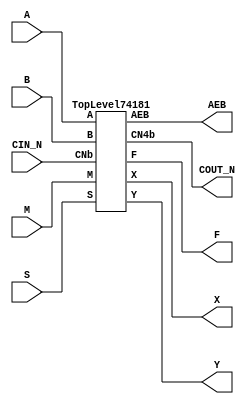
/****************************************************************************
 *                                                                          *
 *  VERILOG HIGH-LEVEL DESCRIPTION OF THE TI 74181 CIRCUIT                  *
 *                                                                          *
 *  Function: 4-bit ALU/Function Generator                                  *
 *                                                                          *
 *  Written by: Mark C. Hansen                                              *
 *                                                                          *
 *                                                                          *
 ****************************************************************************/

// note - AEB is open collector

module ic_74S181 (S, A, B, M, CIN_N, F, X, Y, COUT_N, AEB);

  input [3:0] A, B, S;
  input CIN_N, M; 
  output [3:0] F;
  output AEB, X, Y, COUT_N;
	
  TopLevel74181 Ckt74181 (S, A, B, M, CIN_N, F, X, Y, COUT_N, AEB);

endmodule /* Circuit74181 */

/*************************************************************************/

module TopLevel74181 (S, A, B, M, CNb, F, X, Y, CN4b, AEB);

  input [3:0] A, B, S;
  input CNb, M; 
  output [3:0] F;
  output AEB, X, Y, CN4b;
  wire [3:0] E, D, C, Bb;
  
  Emodule Emod1 (A, B, S, E, Bb);
  Dmodule Dmod2 (A, B, Bb, S, D);
  CLAmodule CLAmod3(E, D, CNb, C, X, Y, CN4b);
  Summodule Summod4(E, D, C, M, F, AEB);

endmodule /* TopLevel74181 */

/*************************************************************************/

module Emodule (A, B, S, E, Bb);

  input [3:0] A, B, S;
  output [3:0] E, Bb;
  wire [3:0]  ABS3, ABbS2;

  not Bb0gate(Bb[0], B[0]);
  not Bb1gate(Bb[1], B[1]);
  not Bb2gate(Bb[2], B[2]);
  not Bb3gate(Bb[3], B[3]);

  and ABS30gate(ABS3[0], A[0], B[0], S[3]);
  and ABS31gate(ABS3[1], A[1], B[1], S[3]);
  and ABS32gate(ABS3[2], A[2], B[2], S[3]);
  and ABS33gate(ABS3[3], A[3], B[3], S[3]);

  and ABbS20gate(ABbS2[0], A[0], Bb[0], S[2]);
  and ABbS21gate(ABbS2[1], A[1], Bb[1], S[2]);
  and ABbS22gate(ABbS2[2], A[2], Bb[2], S[2]);
  and ABbS23gate(ABbS2[3], A[3], Bb[3], S[2]);

  nor E0gate(E[0], ABS3[0], ABbS2[0]);
  nor E1gate(E[1], ABS3[1], ABbS2[1]);
  nor E2gate(E[2], ABS3[2], ABbS2[2]);
  nor E3gate(E[3], ABS3[3], ABbS2[3]);

endmodule /* Emodule */

/*************************************************************************/

module Dmodule (A, B, Bb, S, D);

  input [3:0] A, B, Bb, S;
  output [3:0] D;
  wire [3:0]  BbS1, BS0;  

  and BbS10gate(BbS1[0], Bb[0], S[1]);
  and BbS11gate(BbS1[1], Bb[1], S[1]);
  and BbS12gate(BbS1[2], Bb[2], S[1]);
  and BbS13gate(BbS1[3], Bb[3], S[1]);

  and BS00gate(BS0[0], B[0], S[0]);
  and BS01gate(BS0[1], B[1], S[0]);
  and BS02gate(BS0[2], B[2], S[0]);
  and BS03gate(BS0[3], B[3], S[0]);

  nor D0gate(D[0], BbS1[0], BS0[0], A[0]);
  nor D1gate(D[1], BbS1[1], BS0[1], A[1]);
  nor D2gate(D[2], BbS1[2], BS0[2], A[2]);
  nor D3gate(D[3], BbS1[3], BS0[3], A[3]);

endmodule /* Dmodule */

/*************************************************************************/

module CLAmodule(Gb, Pb, CNb, C, X, Y, CN4b);

  input [3:0] Gb, Pb;
  input CNb; 
  output [3:0] C;
  output X, Y, CN4b;

   wire  Pb0, Pb1, Pb2, Pb3;
   wire  Pb0Gb1, Pb1Gb2, Pb2Gb3;
   wire  Pb0Gb12, Pb1Gb23, Pb0Gb123;
   wire  CNbGb0, CNbGb01, CNbGb012;
   wire  XCNb;
   
  not C0gate(C[0], CNb);

  buf Pb0gate(Pb0, Pb[0]);
  and CNbGb0gate(CNbGb0, CNb, Gb[0]);

  buf Pb1gate(Pb1, Pb[1]);
  and Pb0Gb1gate(Pb0Gb1, Pb[0], Gb[1]);
  and CNbGb01gate(CNbGb01, CNb, Gb[0], Gb[1]);

  buf Pb2gate(Pb2, Pb[2]);
  and Pb1Gb2gate(Pb1Gb2, Pb[1], Gb[2]);
  and Pb0Gb12gate(Pb0Gb12, Pb[0], Gb[1], Gb[2]);
  and CNbGb012gate(CNbGb012, CNb, Gb[0], Gb[1], Gb[2]);

  buf Pb3gate(Pb3, Pb[3]);
  and Pb2Gb3gate(Pb2Gb3, Pb[2], Gb[3]);
  and Pb1Gb23gate(Pb1Gb23, Pb[1], Gb[2], Gb[3]);
  and Pb0Gb123gate(Pb0Gb123, Pb[0], Gb[1], Gb[2], Gb[3]);

  nand Xgate(X, Gb[0], Gb[1], Gb[2], Gb[3]);

  nor Ygate(Y, Pb3,Pb2Gb3,Pb1Gb23,Pb0Gb123);
  nand XCNbgate(XCNb, Gb[0], Gb[1], Gb[2], Gb[3], CNb);

  nand CN4bgate(CN4b, Y, XCNb);

  nor C3gate(C[3], Pb2, Pb1Gb2, Pb0Gb12, CNbGb012);

  nor C2gate(C[2], Pb1, Pb0Gb1, CNbGb01);

  nor C1gate(C[1], Pb0, CNbGb0);

endmodule /* CLAmodule */

/*************************************************************************/

module Summodule(E, D, C, M, F, AEB);

  input [3:0] E, D, C;
  input M; 
  output [3:0] F;
  output AEB;
  wire [3:0] EXD, CM;

  xor EXD0gate(EXD[0], E[0], D[0]);
  xor EXD1gate(EXD[1], E[1], D[1]);
  xor EXD2gate(EXD[2], E[2], D[2]);
  xor EXD3gate(EXD[3], E[3], D[3]);

  or CM0gate(CM[0], C[0], M);
  or CM1gate(CM[1], C[1], M);
  or CM2gate(CM[2], C[2], M);
  or CM3gate(CM[3], C[3], M);

  xor F0gate(F[0], EXD[0], CM[0]);
  xor F1gate(F[1], EXD[1], CM[1]);
  xor F2gate(F[2], EXD[2], CM[2]);
  xor F3gate(F[3], EXD[3], CM[3]);

//  and AEBgate(AEB, F[0], F[1], F[2], F[3]);
//  assign (strong0, weak1) AEB = F[0] & F[1] & F[2] & F[3];
   assign AEB = F[0] & F[1] & F[2] & F[3];

endmodule /* Summodule */